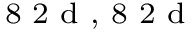
^ \textrm { \scriptsize 8 2 d , 8 2 d }